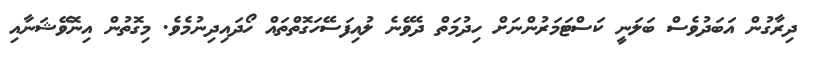
ދިރާގުން އަބަދުވެސް ބަލަނީ ކަސްޓަމަރުންނަށް ހިދުމަތް ދެވޭނެ ލުއިފަސޭހަގޮތްތައް ހޯދައިދިނުމެވެ. މިގޮތުން އިނޮވޭޝަނާއި